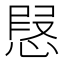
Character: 𢝅